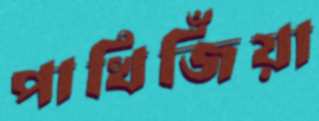
পাখিজিঁয়া